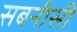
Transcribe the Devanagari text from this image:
सबनीसी